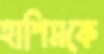
হাশিমকে